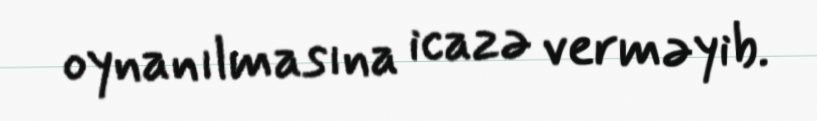
oynanılmasına icazə verməyib.